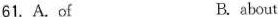
61.A.of B. about